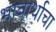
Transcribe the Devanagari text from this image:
भावार्थाचा